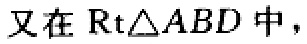
又在$\mathrm{Rt}\triangle ABD$中，